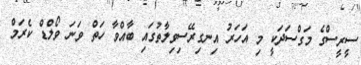
ސީރީސްގެ މަގްސަދަކީ މި އަހަރު އިނގިރޭސިވިލާތުގައި ބާއްވާ ހަތް ވަނަ ވޯލްޑް ކެރަމް